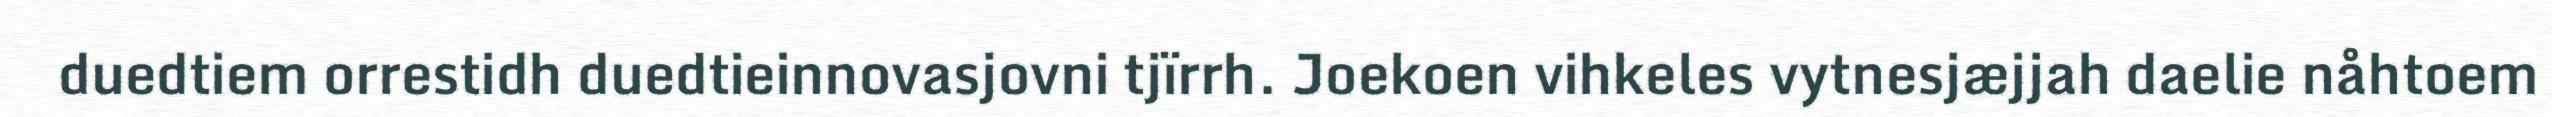
duedtiem orrestidh duedtieinnovasjovni tjïrrh. Joekoen vihkeles vytnesjæjjah daelie nåhtoem